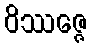
ဝိဿဇ္ဇေ